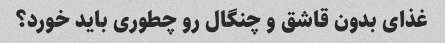
غذای بدون قاشق و چنگال رو چطوری باید خورد؟